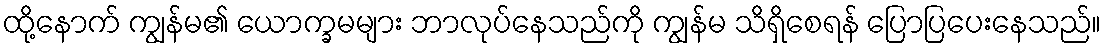
ထို့နောက် ကျွန်မ၏ ယောက္ခမများ ဘာလုပ်နေသည်ကို ကျွန်မ သိရှိစေရန် ပြောပြပေးနေသည်။